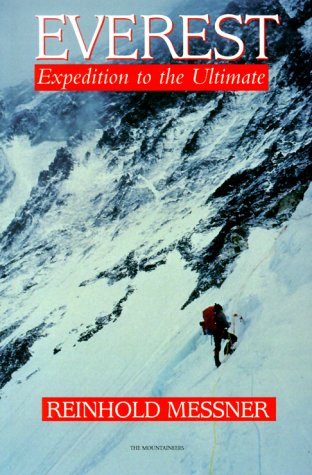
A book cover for Everest: Expedition to the Ultimate; Reinhold Messner; Travel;